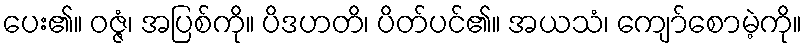
ပေး၏။ ဝဇ္ဇံ၊ အပြစ်ကို။ ပိဒဟတိ၊ ပိတ်ပင်၏။ အယသံ၊ ကျော်စောမဲ့ကို။